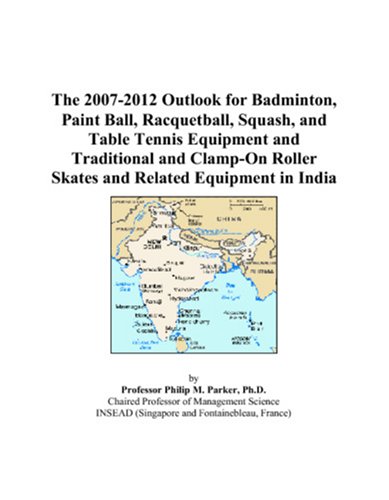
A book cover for The 2007-2012 Outlook for Badminton, Paint Ball, Racquetball, Squash, and Table Tennis Equipment and Traditional and Clamp-On Roller Skates and Related Equipment in India; Philip M. Parker; Sports & Outdoors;